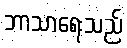
ဘာသာရေးသည်